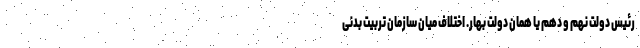
رئیس دولت نهم و دهم یا همان دولت بهار. اختلاف میان سازمان تربیت بدنی